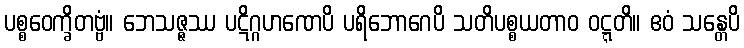
ပစ္စဝေက္ခိတဗ္ဗံ။ ဘေသဇ္ဇဿ ပဋိဂ္ဂဟဏေပိ ပရိဘောဂေပိ သတိပစ္စယတာဝ ဝဋ္ဋတိ။ ဧဝံ သန္တေပိ